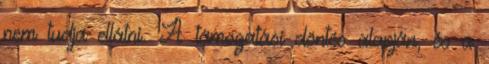
nem tudja ellátni. A támogatási döntés alapján, és a